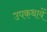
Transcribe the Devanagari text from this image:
उपकथायें